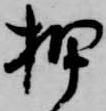
押